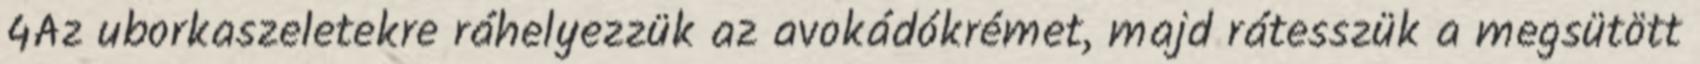
4Az uborkaszeletekre ráhelyezzük az avokádókrémet, majd rátesszük a megsütött